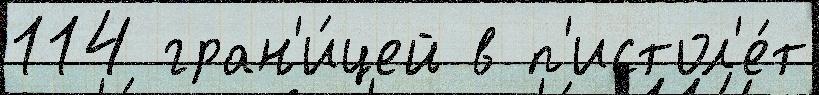
114 гран'и́цей в п'истол'е́т